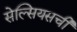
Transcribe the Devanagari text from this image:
सेल्सियसची